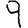
Digit: 9